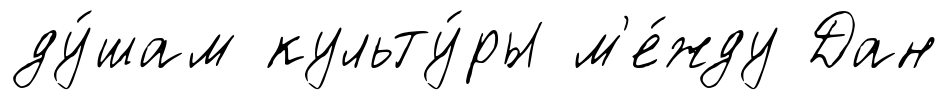
ду́шам культу́ры м'е́жду Дан